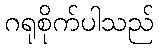
ဂရုစိုက်ပါသည်